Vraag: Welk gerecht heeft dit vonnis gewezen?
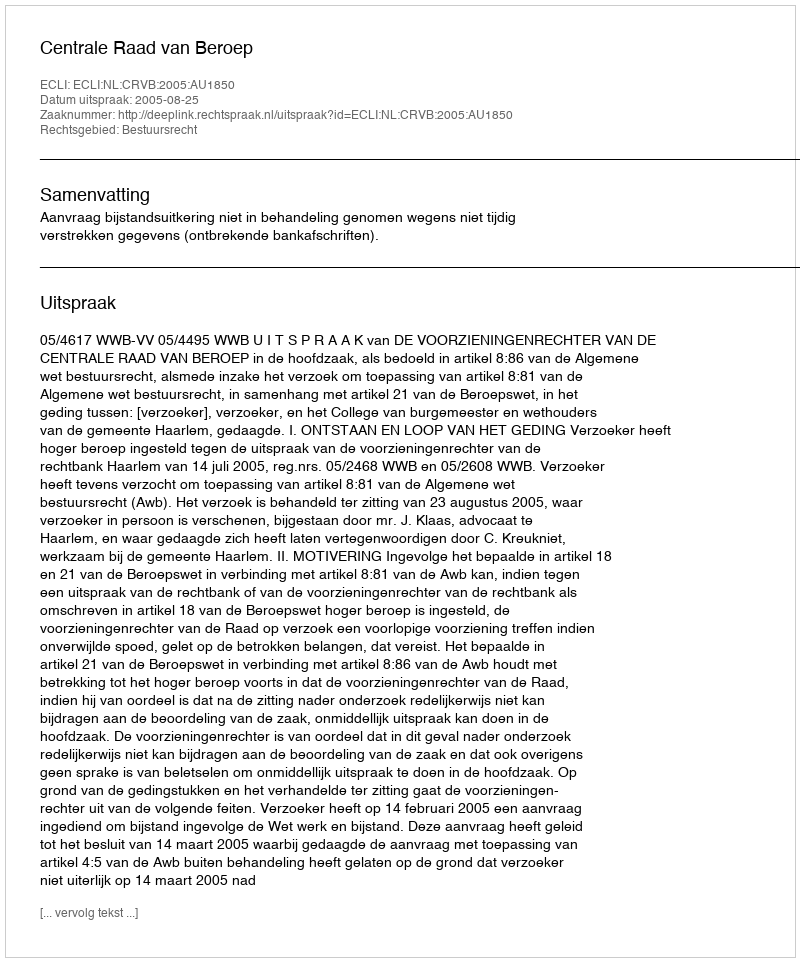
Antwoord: Centrale Raad van Beroep